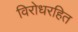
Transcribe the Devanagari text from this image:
विरोधरहित